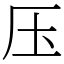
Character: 压